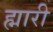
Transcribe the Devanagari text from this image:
ह्मारी